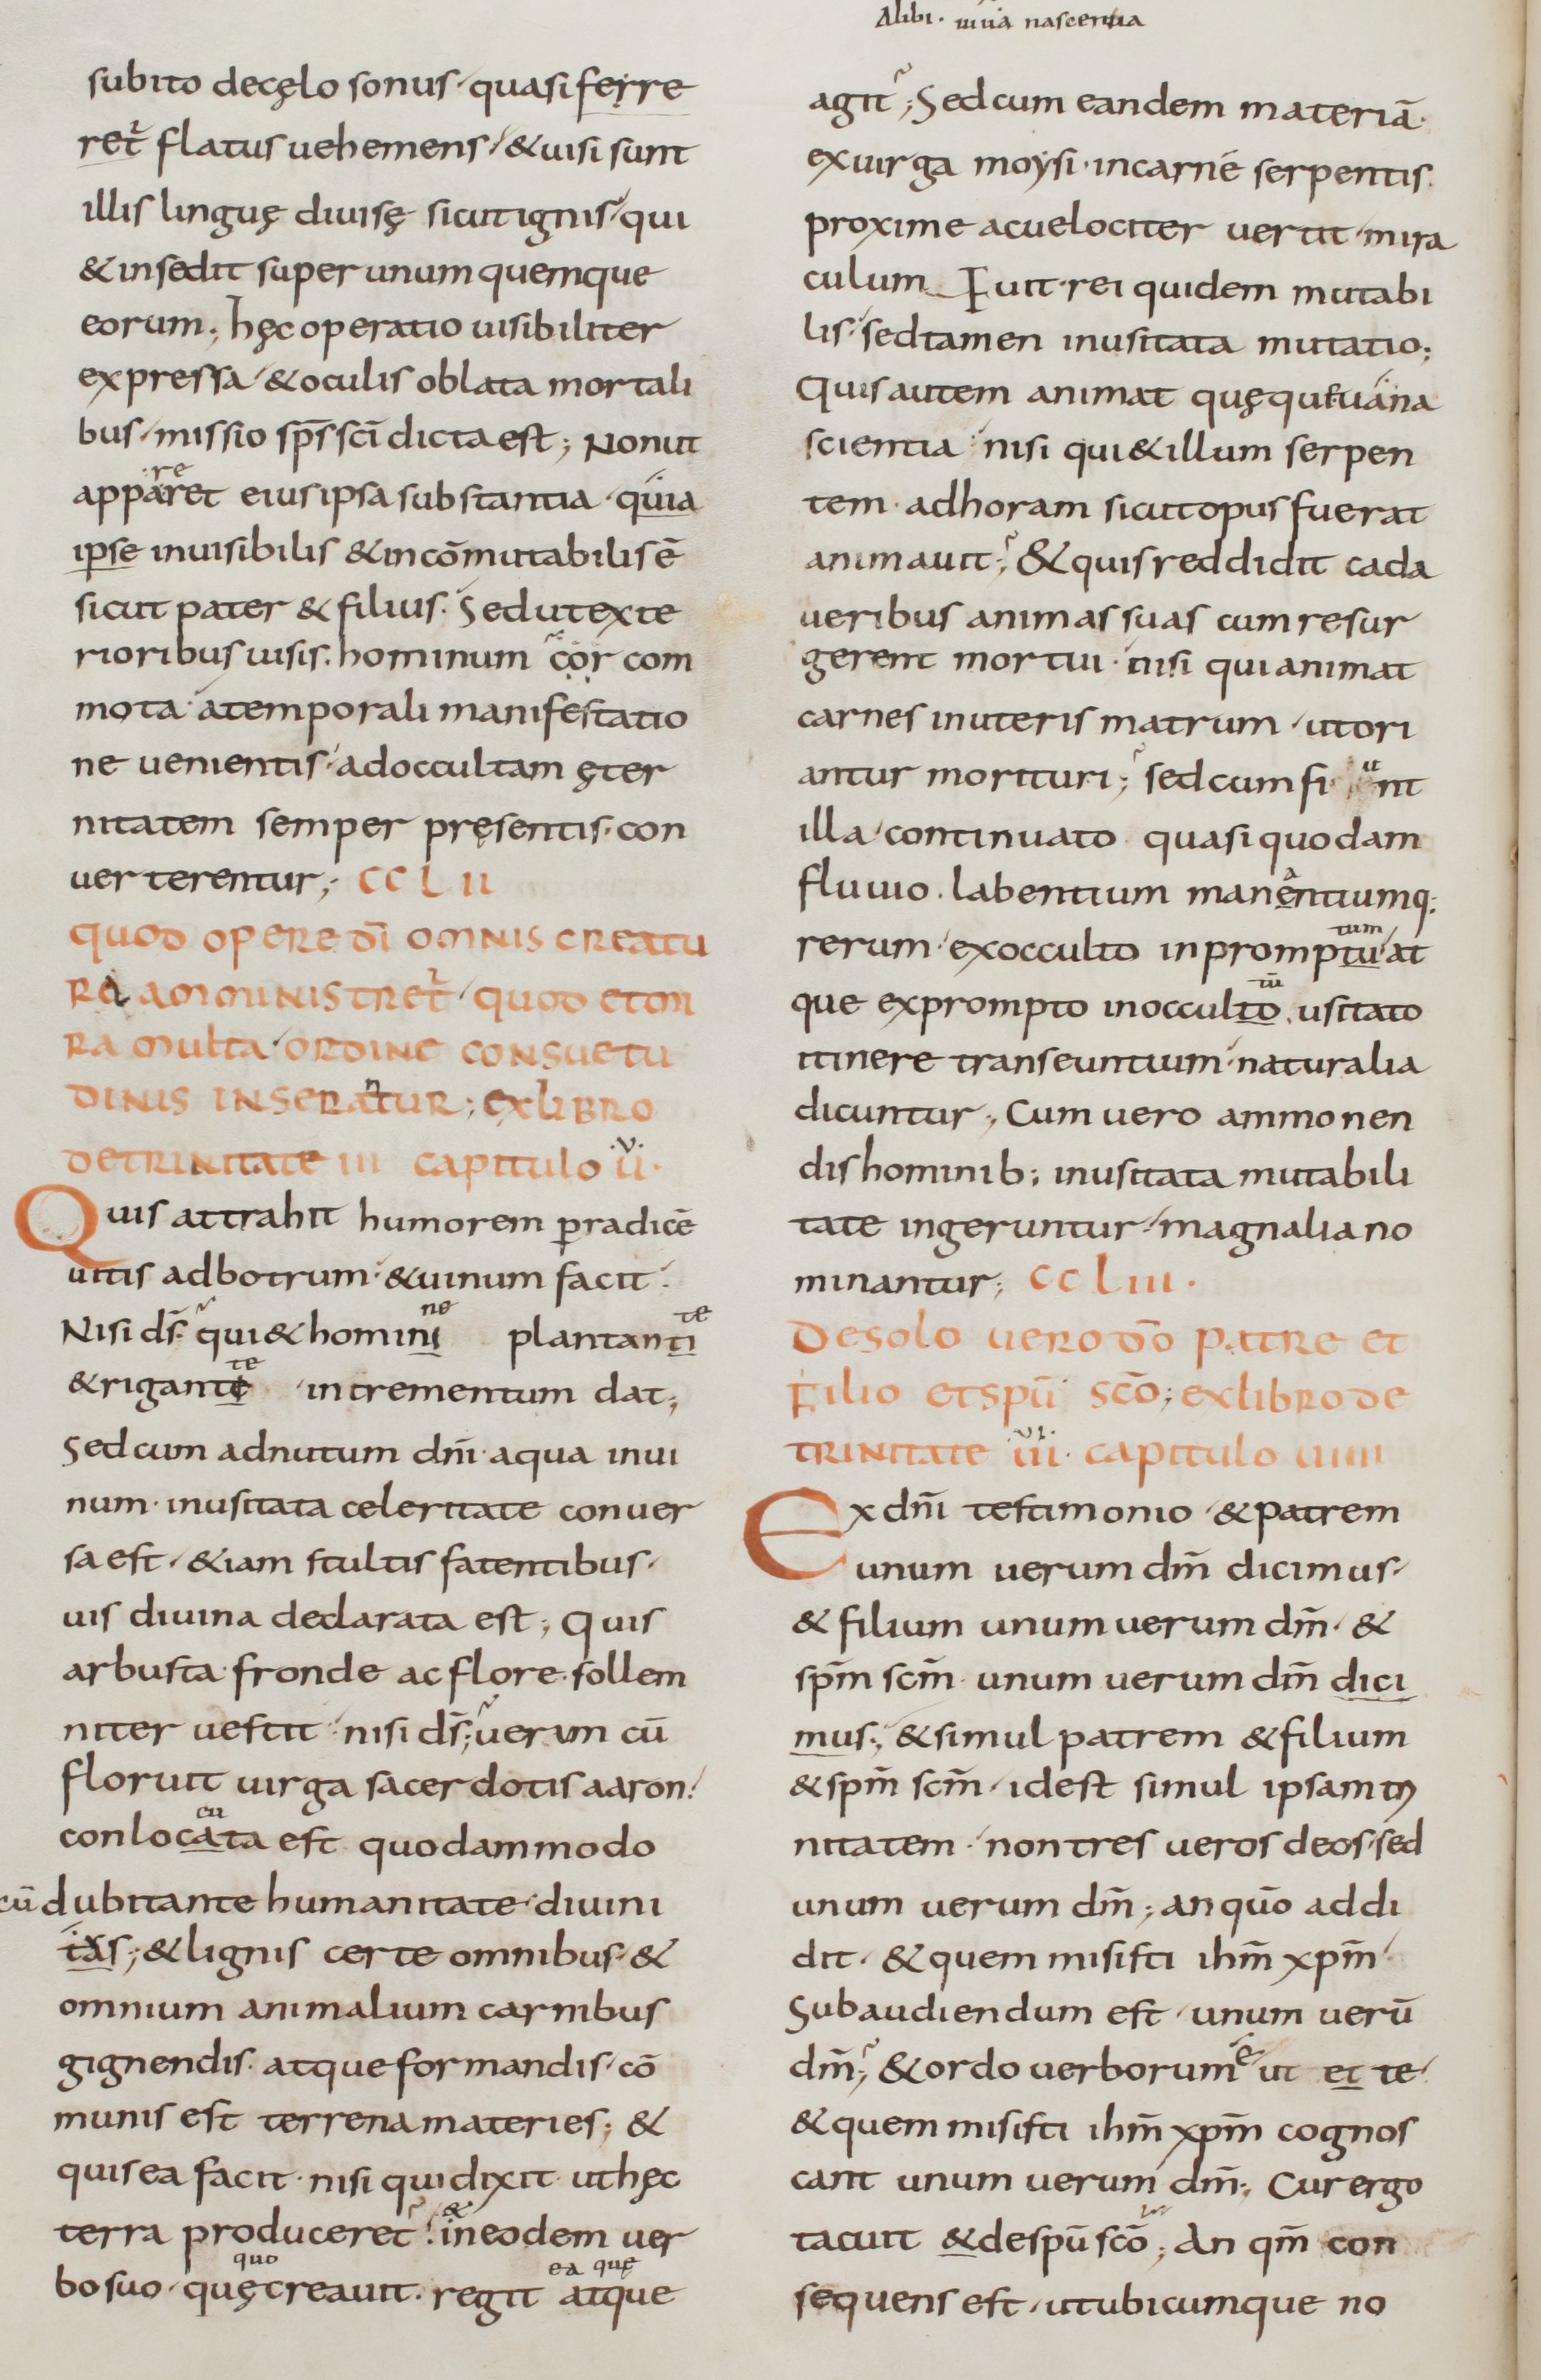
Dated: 800–899